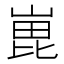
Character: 𭖵